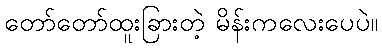
တော်တော်ထူးခြားတဲ့ မိန်းကလေးပေပဲ။